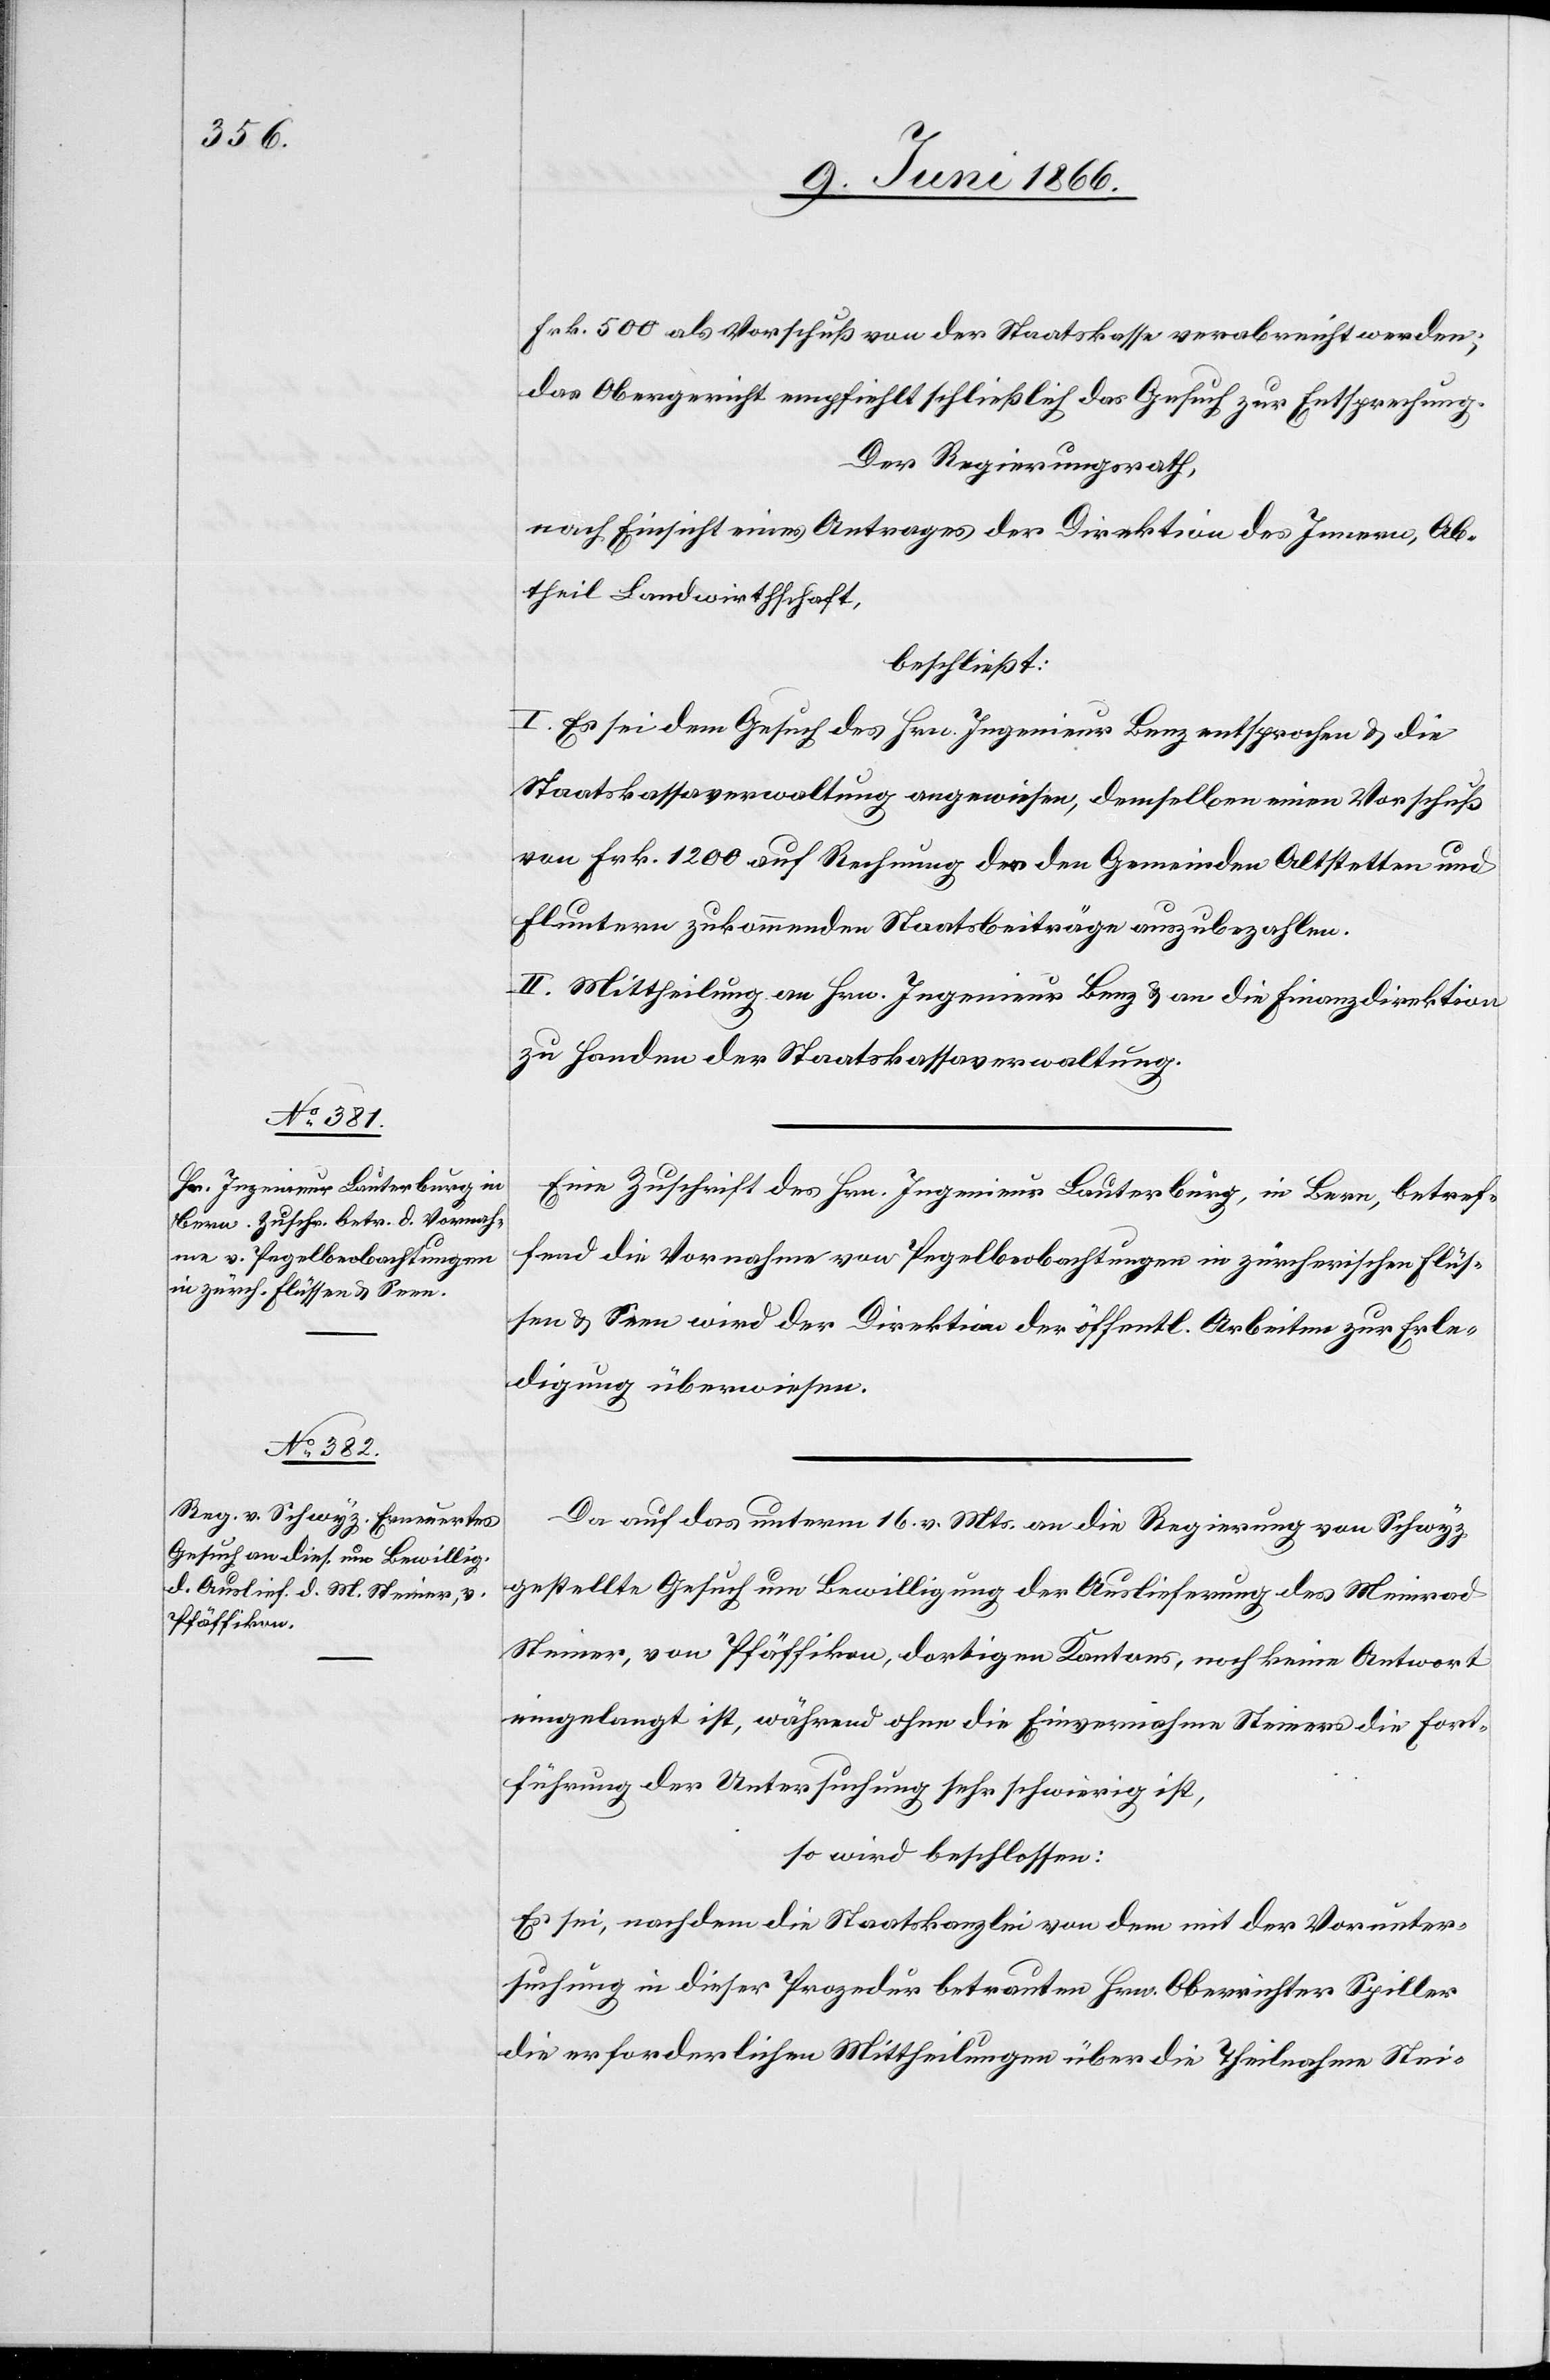
Frk. 500 als Vorschuß von der Staatskasse verabreicht werden;
das Obergericht empfiehlt schließlich das Gesuch zur Entsprechung.
Der Regierungsrath,
nach Einsicht eines Antrages der Direktion des Innern, Ab¬
theil. Landwirthschaft,
beschließt:
I. Es sei dem Gesuch des Hrn. Ingenieur Benz entsprochen u. die
Staatskassenverwaltung angewiesen, demselben einen Vorschuß
von Frk. 1200 auf Rechnung des den Gemeinden Altstetten und
Fluntern zukommenden Staatsbeitrages auszubezahlen.
II. Mittheilung an Hrn. Ingenieur Benz u. an die Finanzdirektion
zu Handen der Staatskassenverwaltung.
Eine Zuschrift des Hrn. Ingenieur Lauterburg, in Bern, betref¬
fend die Vornahme von Pegelbeobachtungen in zürcherischen Flüs¬
sen u. Seen wird der Direktion der öffentl. Arbeiten zur Erle¬
digung überwiesen.
Da auf das unterm 16. v. Mts. an die Regierung von Schwyz
gestellte Gesuch um Bewilligung der Auslieferung des Meinrad
Steiner, von Pfäffikon, dortigen Kantons, noch keine Antwort
eingelangt ist, während ohne die Einvernahme Steiners die Fort¬
führung der Untersuchung sehr schwierig ist,
so wird beschlossen:
Es sei, nachdem die Staatskanzlei von dem mit der Vorunter¬
suchung in dieser Prozedur betrauten Hrn. Oberrichter Spiller
die erforderlichen Mittheilungen über die Theilnahme Stei-